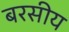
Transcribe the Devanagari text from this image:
बरसीय